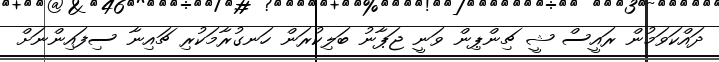
ދައްކަވަމުން ރައީސް ޝީ ޗިންޕިން ވަނީ ޖަޕާނު ބަލިކުރަން ހަނގުރާމަކުރި ޗައިނާ ސިފައިންނަށް